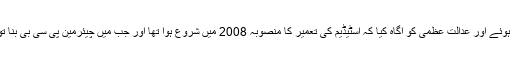
سماعت کے دوران چیئرمین پی سی بی نجم سیٹھی پیش ہوئے اور عدالت عظمیٰ کو آگاہ کیا کہ اسٹیڈیم کی تعمیر کا منصوبہ 2008 میں شروع ہوا تھا اور جب میں چیئرمین پی سی بی بنا تو کہا گیا کہ اس سائٹ پر اسٹیڈیم تعمیر نہیں ہونا چاہیے۔